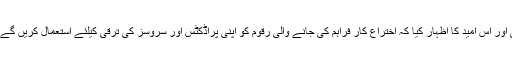
سید جنید امام ، سی ای او اگنیٹ نے فاتحین کو مبارکباد پیش کی اور اس امید کا اظہار کیا کہ اختراع کار فراہم کی جانے والی رقوم کو اپنی پراڈکٹس اور سروسز کی ترقی کیلئے استعمال کریں گے تاکہ ان آئیڈیاز کے معاشرے پر با معنی اثرات مرتب ہو سکیں۔